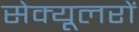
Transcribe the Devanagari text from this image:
सेक्यूलरों